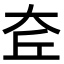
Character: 𡘄